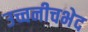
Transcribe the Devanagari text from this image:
उच्चनीचभेद